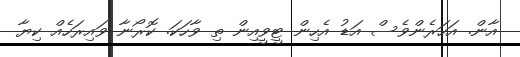
އާން. އަހަރެންވެސް އަޑު އެހިން ޓީވީއިން ތި ވާހަކަ. ކޮރޯނާ ވައިރަހެއް ކިޔާ